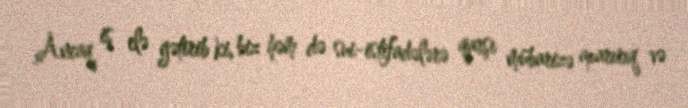
Ancaq iş elə gətirib ki, biz həm də sui-istifadələrə qarşı mübarizə aparırıq və